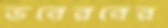
ভবেরবের